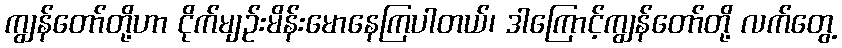
ကျွန်တော်တို့ဟာ ငိုက်မျဉ်းမိန်းမောနေကြပါတယ်၊ ဒါကြောင့်ကျွန်တော်တို့ လက်တွေ့